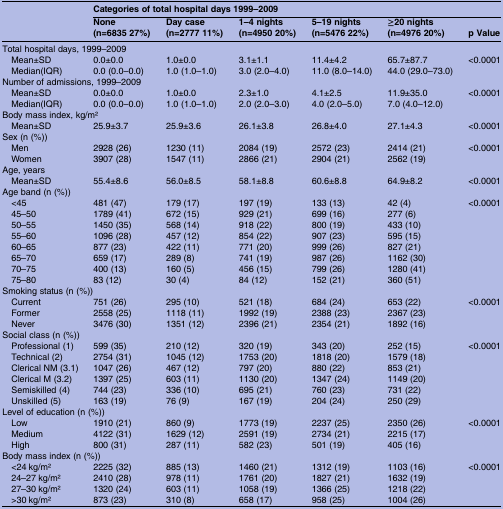
<table><thead><tr><td></td><td colspan="6"><b>Categories of total hospital days 1999–2009</b></td></tr><tr><td></td><td><b>None (n=6835 27%)</b></td><td><b>Day case (n=2777 11%)</b></td><td><b>1–4 nights (n=4950 20%)</b></td><td><b>5–19 nights (n=5476 22%)</b></td><td><b>≥20 nights (n=4976 20%)</b></td><td><b>p Value</b></td></tr></thead><tbody><tr><td colspan="7">Total hospital days, 1999–2009</td></tr><tr><td> Mean±SD</td><td>0.0±0.0</td><td>1.0±0.0</td><td>3.1±1.1</td><td>11.4±4.2</td><td>65.7±87.7</td><td>&lt;0.0001</td></tr><tr><td> Median(IQR)</td><td>0.0 (0.0–0.0)</td><td>1.0 (1.0–1.0)</td><td>3.0 (2.0–4.0)</td><td>11.0 (8.0–14.0)</td><td>44.0 (29.0–73.0)</td><td></td></tr><tr><td colspan="7">Number of admissions, 1999–2009</td></tr><tr><td> Mean±SD</td><td>0.0±0.0</td><td>1.0±0.0</td><td>2.3±1.0</td><td>4.1±2.5</td><td>11.9±35.0</td><td>&lt;0.0001</td></tr><tr><td> Median(IQR)</td><td>0.0 (0.0–0.0)</td><td>1.0 (1.0–1.0)</td><td>2.0 (2.0–3.0)</td><td>4.0 (2.0–5.0)</td><td>7.0 (4.0–12.0)</td><td></td></tr><tr><td colspan="7">Body mass index, kg/m2</td></tr><tr><td> Mean±SD</td><td>25.9±3.7</td><td>25.9±3.6</td><td>26.1±3.8</td><td>26.8±4.0</td><td>27.1±4.3</td><td>&lt;0.0001</td></tr><tr><td colspan="7">Sex (n (%))</td></tr><tr><td> Men</td><td>2928 (26)</td><td>1230 (11)</td><td>2084 (19)</td><td>2572 (23)</td><td>2414 (21)</td><td>&lt;0.0001</td></tr><tr><td> Women</td><td>3907 (28)</td><td>1547 (11)</td><td>2866 (21)</td><td>2904 (21)</td><td>2562 (19)</td><td></td></tr><tr><td colspan="7">Age, years</td></tr><tr><td> Mean±SD</td><td>55.4±8.6</td><td>56.0±8.5</td><td>58.1±8.8</td><td>60.6±8.8</td><td>64.9±8.2</td><td>&lt;0.0001</td></tr><tr><td colspan="7">Age band (n (%))</td></tr><tr><td> &lt;45</td><td>481 (47)</td><td>179 (17)</td><td>197 (19)</td><td>133 (13)</td><td>42 (4)</td><td>&lt;0.0001</td></tr><tr><td> 45–50</td><td>1789 (41)</td><td>672 (15)</td><td>929 (21)</td><td>699 (16)</td><td>277 (6)</td><td></td></tr><tr><td> 50–55</td><td>1450 (35)</td><td>568 (14)</td><td>918 (22)</td><td>800 (19)</td><td>433 (10)</td><td></td></tr><tr><td> 55–60</td><td>1096 (28)</td><td>457 (12)</td><td>854 (22)</td><td>907 (23)</td><td>595 (15)</td><td></td></tr><tr><td> 60–65</td><td>877 (23)</td><td>422 (11)</td><td>771 (20)</td><td>999 (26)</td><td>827 (21)</td><td></td></tr><tr><td> 65–70</td><td>659 (17)</td><td>289 (8)</td><td>741 (19)</td><td>987 (26)</td><td>1162 (30)</td><td></td></tr><tr><td> 70–75</td><td>400 (13)</td><td>160 (5)</td><td>456 (15)</td><td>799 (26)</td><td>1280 (41)</td><td></td></tr><tr><td> 75–80</td><td>83 (12)</td><td>30 (4)</td><td>84 (12)</td><td>152 (21)</td><td>360 (51)</td><td></td></tr><tr><td colspan="7">Smoking status (n (%))</td></tr><tr><td> Current</td><td>751 (26)</td><td>295 (10)</td><td>521 (18)</td><td>684 (24)</td><td>653 (22)</td><td>&lt;0.0001</td></tr><tr><td> Former</td><td>2558 (25)</td><td>1118 (11)</td><td>1992 (19)</td><td>2388 (23)</td><td>2367 (23)</td><td></td></tr><tr><td> Never</td><td>3476 (30)</td><td>1351 (12)</td><td>2396 (21)</td><td>2354 (21)</td><td>1892 (16)</td><td></td></tr><tr><td colspan="7">Social class (n (%))</td></tr><tr><td> Professional (1)</td><td>599 (35)</td><td>210 (12)</td><td>320 (19)</td><td>343 (20)</td><td>252 (15)</td><td>&lt;0.0001</td></tr><tr><td> Technical (2)</td><td>2754 (31)</td><td>1045 (12)</td><td>1753 (20)</td><td>1818 (20)</td><td>1579 (18)</td><td></td></tr><tr><td> Clerical NM (3.1)</td><td>1047 (26)</td><td>467 (12)</td><td>797 (20)</td><td>880 (22)</td><td>853 (21)</td><td></td></tr><tr><td> Clerical M (3.2)</td><td>1397 (25)</td><td>603 (11)</td><td>1130 (20)</td><td>1347 (24)</td><td>1149 (20)</td><td></td></tr><tr><td> Semiskilled (4)</td><td>744 (23)</td><td>336 (10)</td><td>695 (21)</td><td>760 (23)</td><td>731 (22)</td><td></td></tr><tr><td> Unskilled (5)</td><td>163 (19)</td><td>76 (9)</td><td>167 (19)</td><td>204 (24)</td><td>250 (29)</td><td></td></tr><tr><td colspan="7">Level of education (n (%))</td></tr><tr><td> Low</td><td>1910 (21)</td><td>860 (9)</td><td>1773 (19)</td><td>2237 (25)</td><td>2350 (26)</td><td>&lt;0.0001</td></tr><tr><td> Medium</td><td>4122 (31)</td><td>1629 (12)</td><td>2591 (19)</td><td>2734 (21)</td><td>2215 (17)</td><td></td></tr><tr><td> High</td><td>800 (31)</td><td>287 (11)</td><td>582 (23)</td><td>501 (19)</td><td>405 (16)</td><td></td></tr><tr><td colspan="7">Body mass index (n (%))</td></tr><tr><td> &lt;24 kg/m2</td><td>2225 (32)</td><td>885 (13)</td><td>1460 (21)</td><td>1312 (19)</td><td>1103 (16)</td><td>&lt;0.0001</td></tr><tr><td> 24–27 kg/m2</td><td>2410 (28)</td><td>978 (11)</td><td>1761 (20)</td><td>1827 (21)</td><td>1632 (19)</td><td></td></tr><tr><td> 27–30 kg/m2</td><td>1320 (24)</td><td>603 (11)</td><td>1058 (19)</td><td>1366 (25)</td><td>1218 (22)</td><td></td></tr><tr><td> &gt;30 kg/m2</td><td>873 (23)</td><td>310 (8)</td><td>658 (17)</td><td>958 (25)</td><td>1004 (26)</td><td></td></tr></tbody></table>